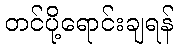
တင်ပို့ရောင်းချရန်